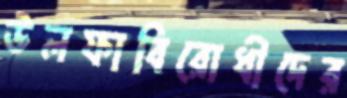
উলফাবিরোধীদের